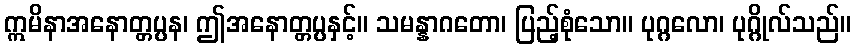
ဣမိနာအနောတ္တပ္ပန၊ ဤအနောတ္တပ္ပနှင့်။ သမန္နာဂတော၊ ပြည့်စုံသော။ ပုဂ္ဂလော၊ ပုဂ္ဂိုလ်သည်။